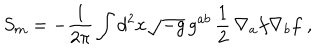
S _ { m } = - { \frac { 1 } { 2 \pi } } \int d ^ { 2 } x \sqrt { - g } \, g ^ { a b } \, { \frac { 1 } { 2 } } \, \nabla _ { a } f \nabla _ { b } f \; ,